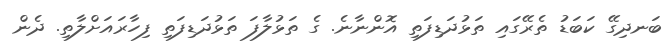
ބަނދިގޭ ކަބަޑު ތެރޭގައި ތަޅުދަޑިފަތި އޮންނާނެ. ގެ ތަޅުލާފަ ތަޅުދަޑިފަތި ފިހާރައަށްލާތި. ދެން